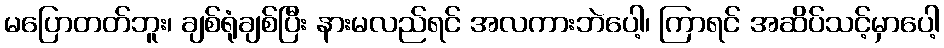
မပြောတတ်ဘူး၊ ချစ်ရုံချစ်ပြီး နားမလည်ရင် အလကားဘဲပေါ့၊ ကြာရင် အဆိပ်သင့်မှာပေါ့